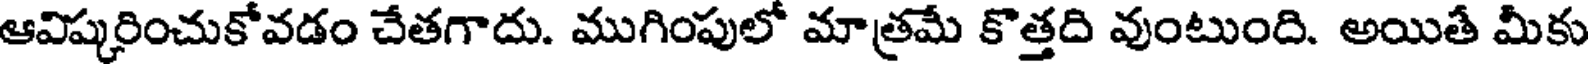
ఆవిష్కరించుకోవడం చేతగాదు. ముగింపులో మాత్రమే కొత్తది వుంటుంది. అయితీ మీకు